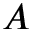
A